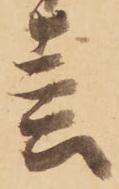
春